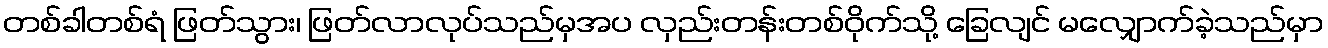
တစ်ခါတစ်ရံ ဖြတ်သွား၊ ဖြတ်လာလုပ်သည်မှအပ လှည်းတန်းတစ်ဝိုက်သို့ ခြေလျင် မလျှောက်ခဲ့သည်မှာ